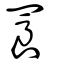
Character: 䍚